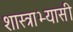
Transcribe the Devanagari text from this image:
शास्त्राभ्यासी